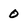
Character: 0